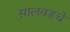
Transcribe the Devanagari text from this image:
सालवडचे